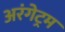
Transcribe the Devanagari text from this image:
अरंगेट्रम